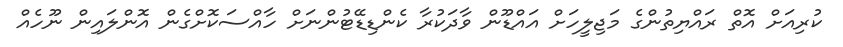
ކުރިއަށް އޮތް ރައްޔިތުންގެ މަޖިލީހަށް އައްޑޫން ވާދަކުރާ ކެންޑިޑޭޓުންނަށް ހާއްސަކޮށްގެން އޮންލައިން ނޫހެއް